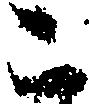
こ